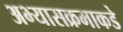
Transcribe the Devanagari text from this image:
अभ्यासक्रमाकडे